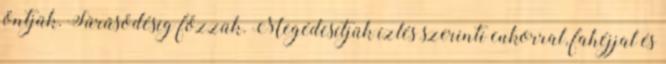
öntjük. Sűrűsödésig főzzük. Megédesítjük ízlés szerinti cukorral, fahéjjal és